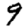
Digit: 9